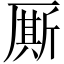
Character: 厮